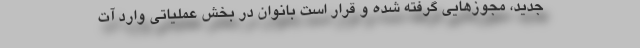
جدید، مجوزهایی گرفته شده و قرار است بانوان در بخش عملیاتی وارد آت